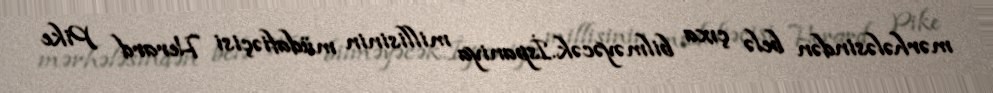
mərhələsindən belə çıxa bilməyəcək.İspaniya millisinin müdafiəçisi Herard Pike